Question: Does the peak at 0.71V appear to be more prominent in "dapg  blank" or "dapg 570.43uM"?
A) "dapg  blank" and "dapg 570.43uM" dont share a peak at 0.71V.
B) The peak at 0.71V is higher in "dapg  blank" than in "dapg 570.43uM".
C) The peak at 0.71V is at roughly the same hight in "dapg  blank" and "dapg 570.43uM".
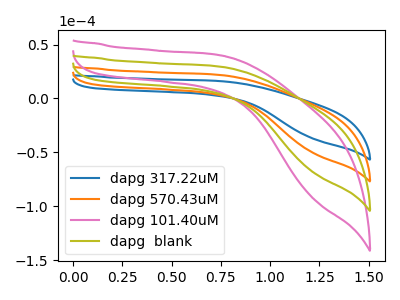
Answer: <think>The blue curve "dapg 317.22uM" has no peaks. The orange curve "dapg 570.43uM" has no peaks. The pink curve "dapg 101.40uM" has no peaks. The olive curve "dapg  blank" has no peaks.</think>
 <answer>A) "dapg  blank" and "dapg 570.43uM" dont share a peak at 0.71V.</answer>
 <eval>A</eval>